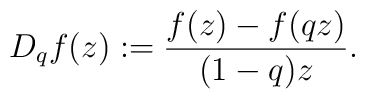
D_qf(z):=\frac{f(z)-f(qz)}{(1-q)z}.